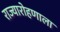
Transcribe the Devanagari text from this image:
राज्यारोहणाला